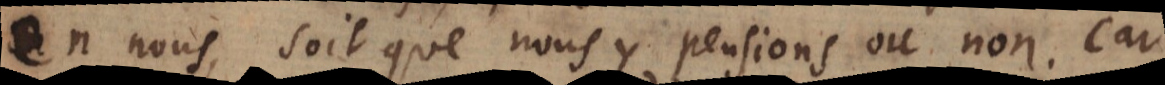
en nous, soit que nous y pensions ou non. Car